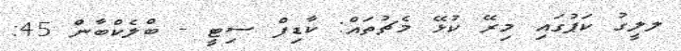
ލލީގު ކަޕުގައި މިރޭ ކުޅޭ މެޗުތައް: ކާޑިފް ސިޓީ - ބްލެކްބާން 45: